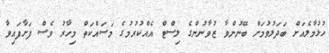
ހުޅުމާލެއަށް ބަދަލުވުމަށް ބޭނުންވާ ޒުވާނުންގެ ލިސްޓް އެއްކުުރުމުގެ މަސައްކަތް މިހާރު ވެސް ފަށާފައިވާ